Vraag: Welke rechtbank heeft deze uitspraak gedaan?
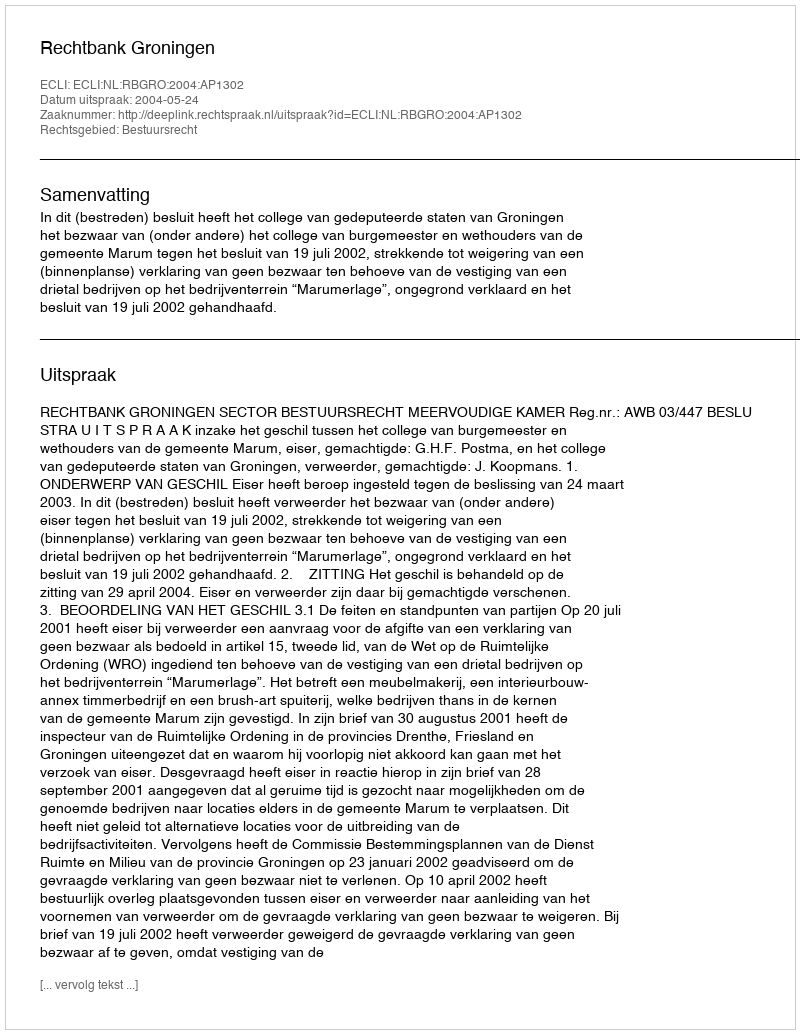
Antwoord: Rechtbank Groningen